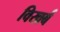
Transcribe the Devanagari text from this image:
विखर्ब